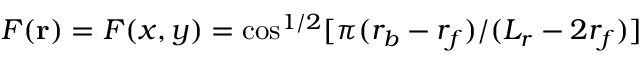
F ( \mathbf { r } ) = F ( x , y ) = \cos ^ { 1 / 2 } [ \pi ( r _ { b } - r _ { f } ) / ( L _ { r } - 2 r _ { f } ) ]